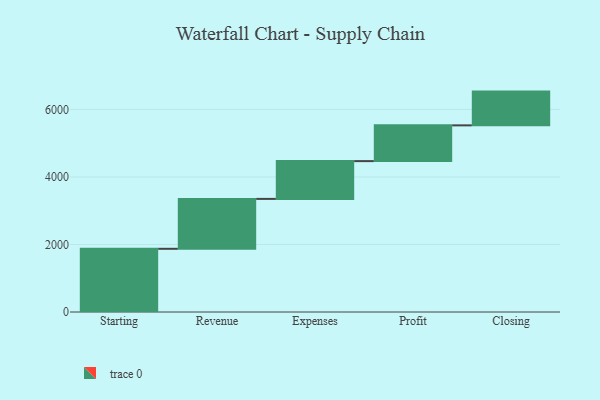
{"axis": {"x": "Step", "y": "Value"}, "legend": [""], "data": [{"x": "Starting", "y": 1872.0, "type": ""}, {"x": "Revenue", "y": 1478.0, "type": ""}, {"x": "Expenses", "y": 1119.0, "type": ""}, {"x": "Profit", "y": 1059.0, "type": ""}, {"x": "Closing", "y": 1000, "type": ""}]}